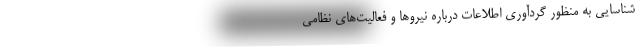
شناسایی به منظور گردآوری اطلاعات دربارهٔ نیروها و فعالیت‌های نظامی